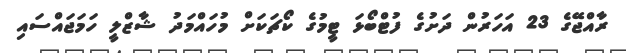
ރާއްޖޭގެ 23 އަހަރުން ދަށުގެ ފުޓްބޯޅަ ޓީމުގެ ކޯޗަކަށް މުހައްމަދު ޝާޒްލީ ހަމަޖައްސައި